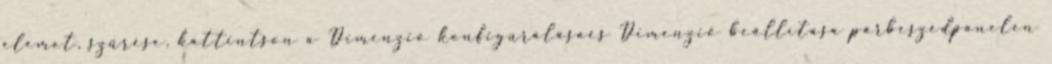
elemet, szűrése, kattintson a Dimenzió konfigurálásaés Dimenzió beállítása párbeszédpanelen